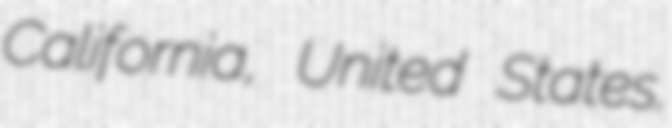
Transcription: California, United States.